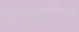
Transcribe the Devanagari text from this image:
वासुकीस